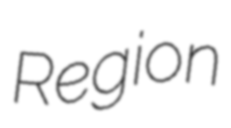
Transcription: Region